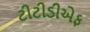
ટીટીડીએફ